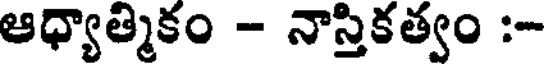
ఆధ్యాత్మికం - నాస్తికత్వం :-